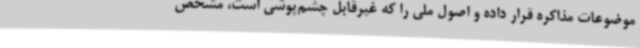
موضوعات مذاکره قرار داده و اصول ملی را که غیرقابل چشم‌پوشی است، مشخص